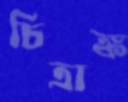
চিত্রাঙ্ক